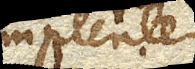
implentem